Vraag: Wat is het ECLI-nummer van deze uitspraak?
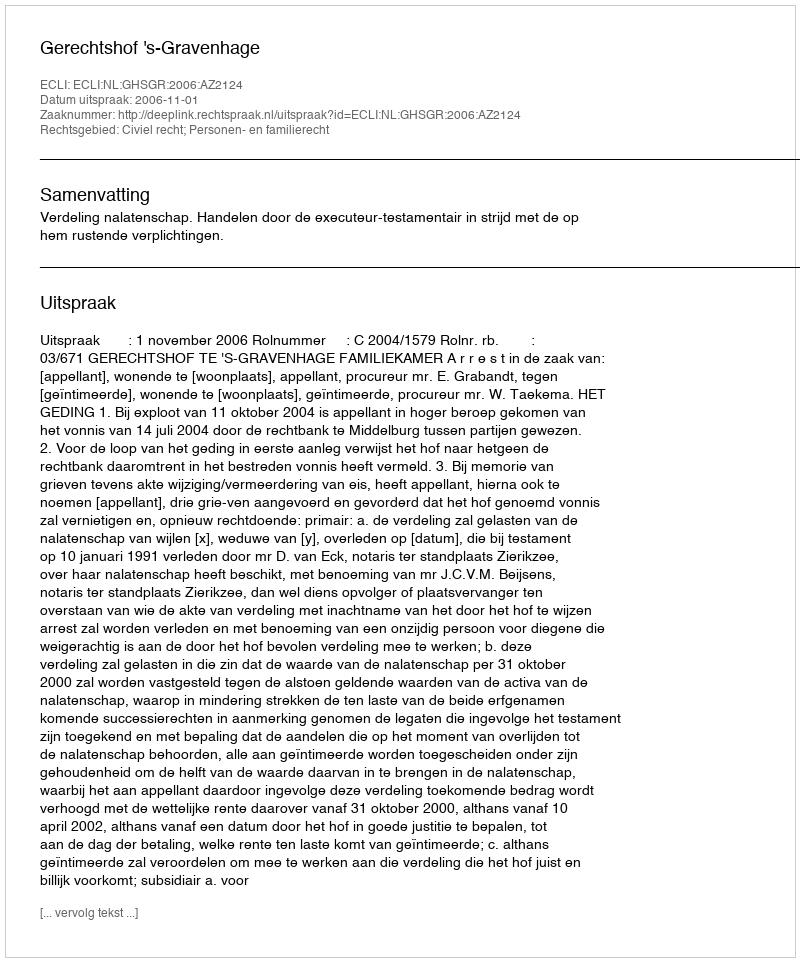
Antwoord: ECLI:NL:GHSGR:2006:AZ2124